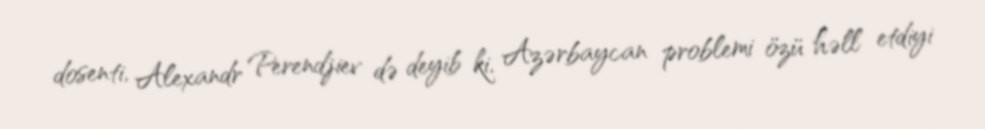
dosenti, Alexandr Perendjiev də deyib ki, Azərbaycan problemi özü həll etdiyi